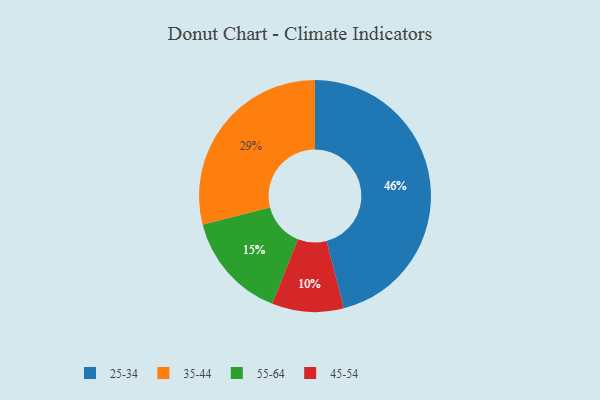
{"axis": {"x": "Category", "y": "Percentage"}, "legend": ["25-34", "35-44", "45-54", "55-64"], "data": [{"x": "25-34", "y": 46, "type": "25-34"}, {"x": "55-64", "y": 15, "type": "55-64"}, {"x": "45-54", "y": 10, "type": "45-54"}, {"x": "35-44", "y": 29, "type": "35-44"}]}